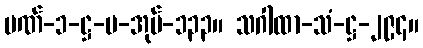
ပဏ်-၁-ဋ္ဌ-ပ-အုပ်-၁၃၃။ သဂါထာ-သံ-ဋ္ဌ-၂၉၄။